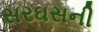
સરઘસની